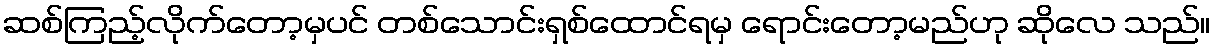
ဆစ်ကြည့်လိုက်တော့မှပင် တစ်သောင်းရှစ်ထောင်ရမှ ရောင်းတော့မည်ဟု ဆိုလေ သည်။